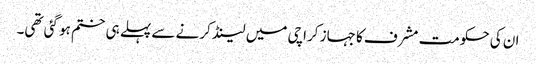
ان کی حکومت مشرف کا جہاز کراچی میں لینڈ کرنے سے پہلے ہی ختم ہو گئی تھی۔